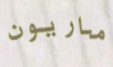
ماريون